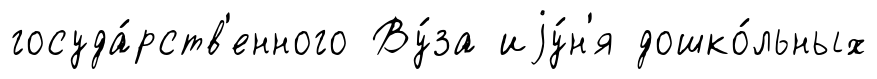
госуда́рств'енного Ву́за иjу́н'я дошко́льных